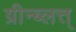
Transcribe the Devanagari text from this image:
ग्रीन्ब्लत्त्